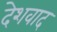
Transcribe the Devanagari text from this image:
देशवाद